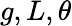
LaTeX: g,L,\theta